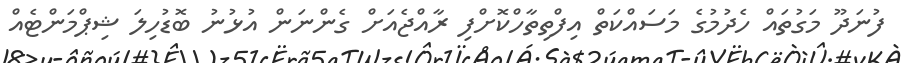
ފުނަދޫ މަގުތައް ހެދުމުގެ މަސައްކަތް އިފްތިތާހްކޮށްފި ރާއްޖެއަށް ގެންނަން އުޅުނު ބޮޑުހިލަ ޝިޕްމަންޓެއް